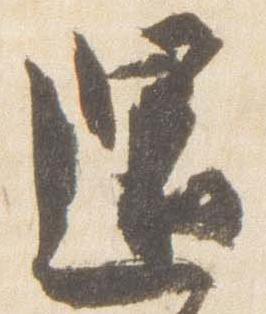
還